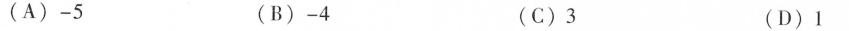
(A)-5 (B)-4 (C)3 (D)1